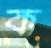
ক